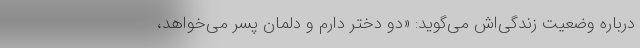
درباره وضعیت زندگی‌اش می‌گوید: «دو دختر دارم و دلمان پسر می‌خواهد،